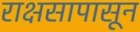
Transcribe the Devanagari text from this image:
राक्षसापासून